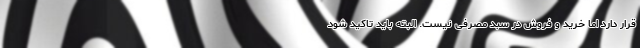
قرار دارد اما خرید و فروش در سبد مصرفی نیست. البته باید تاکید شود